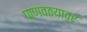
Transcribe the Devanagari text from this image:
पाणवठय़ावर